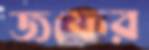
জফের